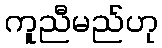
ကူညီမည်ဟု